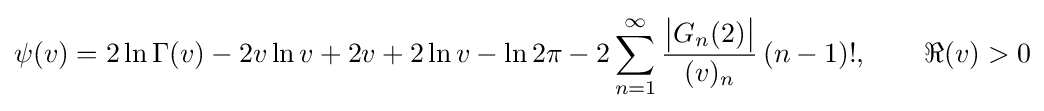
\psi (v)=2\ln \Gamma (v)-2v\ln v+2v+2\ln v-\ln 2\pi -2\sum _{n=1}^{\infty }{\frac {{\big |}G_{n}(2){\big |}}{(v)_{n}}}\,(n-1)!,\qquad \Re (v)>0